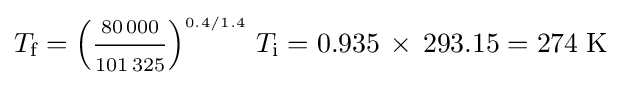
T_{\text{f}}=\left({\frac {\scriptstyle 80\,000}{\scriptstyle 101\,325}}\right)^{\scriptscriptstyle 0.4/1.4}\,T_{\text{i}}=0.935\,\times \,293.15=274\;{\text{K}}